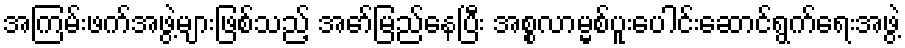
အကြမ်းဖက်အဖွဲ့များဖြစ်သည့် အော်မြည်နေပြီး အစ္စလာမ္မစ်ပူးပေါင်းဆောင်ရွက်ရေးအဖွဲ့